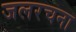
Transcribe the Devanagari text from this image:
जलरचना